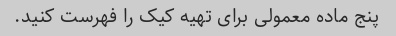
پنج ماده معمولی برای تهیه کیک را فهرست کنید.